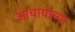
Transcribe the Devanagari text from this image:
आचार्याच्या